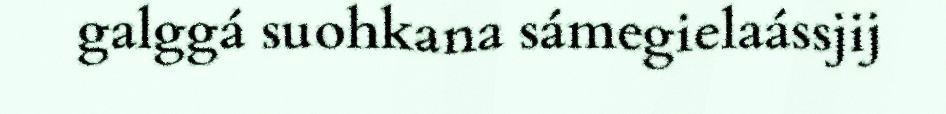
galggá suohkana sámegielaássjij